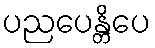
ပညပေန္တိပေ